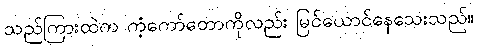
သည်ကြားထဲက ကံ့ကော်တောကိုလည်း မြင်ယောင်နေသေးသည်။